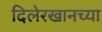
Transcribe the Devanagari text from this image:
दिलेरखानच्या